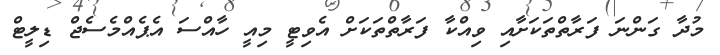
މުދާ ގަންނަ ފަރާތްތަކަށާއި ވިއްކާ ފަރާތްތަކަށް އެވިޓީ މިއީ ހާއްސަ އެޕެއްމެސެޖް ޑިލީޓް